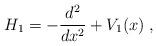
LaTeX: \begin{align*}H_1=-\frac{d^2}{dx^2}+V_1(x)\;,\end{align*}